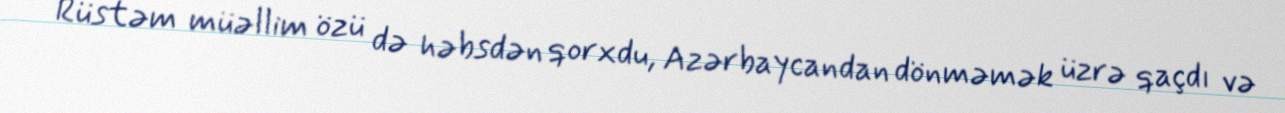
Rüstəm müəllim özü də həbsdən qorxdu, Azərbaycandan dönməmək üzrə qaçdı və